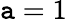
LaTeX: \mathtt{a}=1